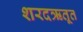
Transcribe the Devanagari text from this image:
शरदऋतूत